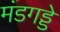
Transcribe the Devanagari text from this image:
मंडगड्डे